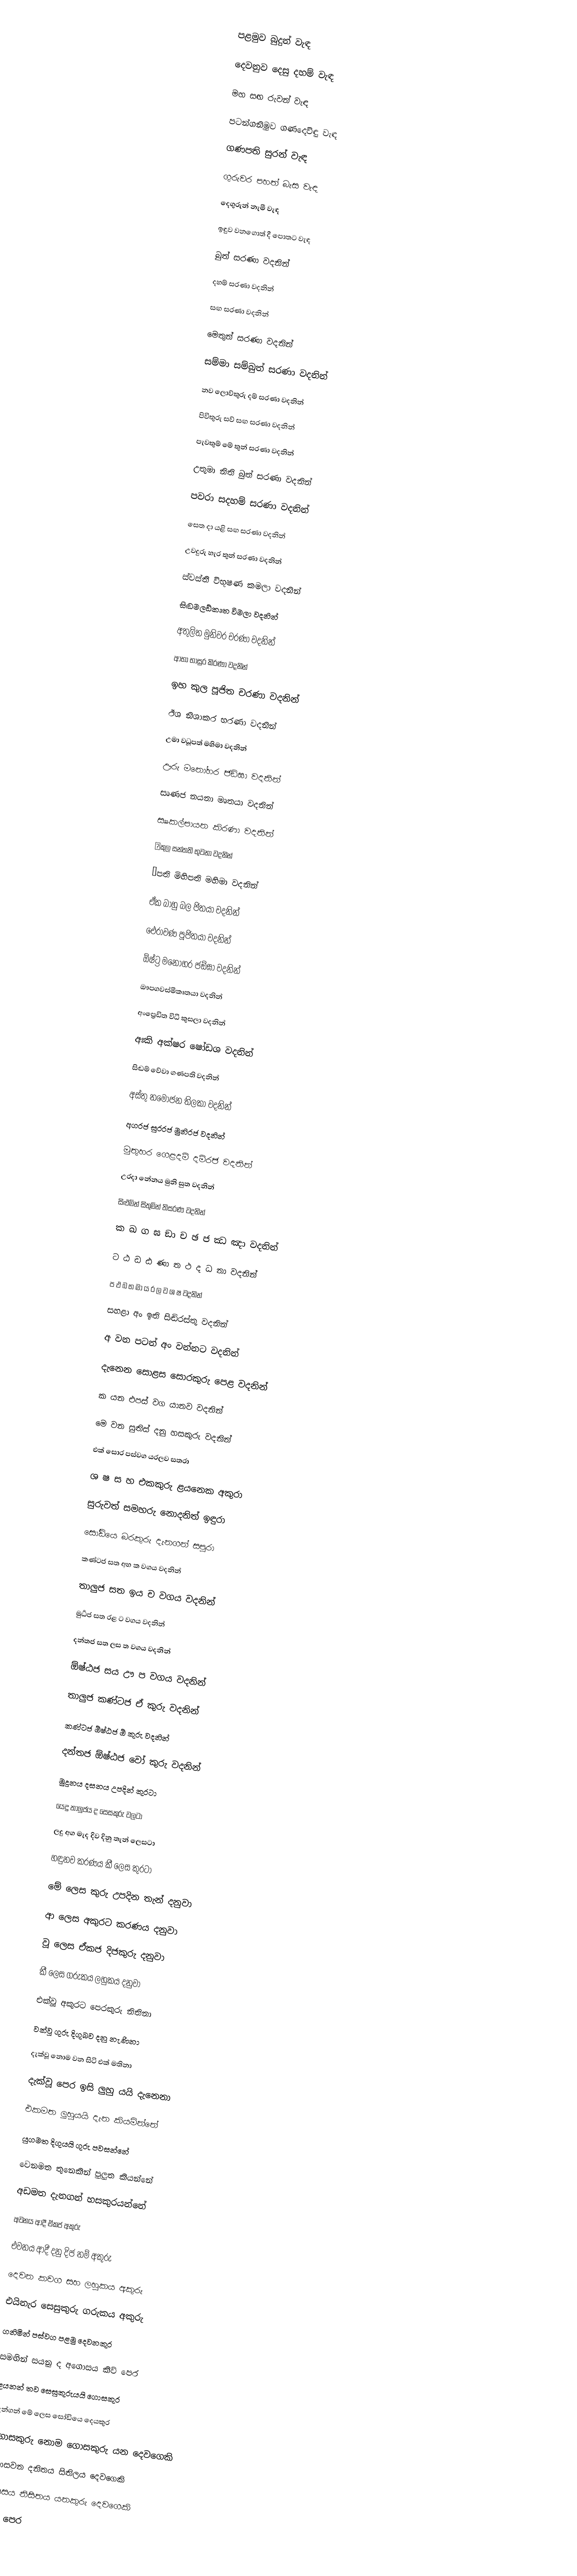
පළමුව බුදුන් වැඳ

දෙවනුව දෙසු දහම් වැඳ

මහ සඟ රුවන් වැඳ

පටන්ගනිමුව ගණදෙවිඳු වැඳ

ගණපති සුරන් වැඳ

ගුරුවර පහත් බැස වැඳ

දෙගුරුන් නැමී වැඳ

ඉඳුව වනගොත් දී පොතට වැඳ

බුත් සරණා වදනින්

දහම් සරණා වදනින්

සඟ සරණා වදනින්

මෙතුන් සරණා වදනින්

සම්මා සම්බුත් සරණා වදනින්

නව ලොව්තුරු දම් සරණා වදනින්

පිවිතුරු සව් සඟ සරණා වදනින්

පැවතුම් මේ තුන් සරණා වදනින්

උතුමා නිති බුත් සරණා වදනින්

ප‍වරා සදහම් සරණා වදනින්

සෙත දා යළි සඟ සරණා වදනින්

උවදුරු හැර තුන් සරණා වදනින්

ස්වස්ති විභූෂණ කමලා වදනින්

සිඬමලඞ්කෘත විමලා වදනින්

අතුලිත මුනිවර චරණා වදනින්

ආභා භාසුර කිරණා වදනින්

ඉහ කුල පූජිත චරණා වදනින්

ඊශ නිශාකර භරණා වදනින්

උමා වධූපත් මහිමා වදනින්

ඌරු මනෝහර ජඞ්ඝා වදනින්

සෘණජ නයනා මෘතයා වදනින්

සෲකල්පායන කිරණා වදනින්

ඏකුල සන්තති භුවනා වදනින්

ඐපති මිහිපති මහිමා වදනින්

ඒක බාහු බල ජිතයා වදනින්

ඓරාවණ පූජිතයා වදනින්

ඕෂ්ට්‍ර මනෝහර ජඞ්ඝා වදනින්

ඖපගවස්මීකෘතයා වදනින්

අංප්‍රෙඩිත විධි කුසලා වදනින්

අඃකි අක්ෂර ෂෝඩශ වදනින්

සිඬම් වේවා ගණපති වදනින්

අස්තු නමෝජන තිලකා වදනින්

අගරජ සුරරජ මුනිරජ වදනින්

මුතුහර ගෙළදම් දම්රජ වදනින්

උරදා නේනය මුනි සුත වදනින්

සිළුමින් සිතුමින් තිසරණ වදනින්

ක ඛ ග ඝ ඞා ච ඡ ජ ඣ ඤා වදනින්

ට ඨ ඩ ඪ ණා ත ථ ද ධ නා වදනින්

ප ඵ බ භ මා ය ර ල ව ශ ෂ වදනින්

සහළා අං ඉති සිඬිරස්තු වදනින්

අ වන පටන් අං වන්නට වදනින්

දැනෙන සොළස සොරකුරු පෙළ වදනින්

ක යන එපස් වග යානව වදනින්

මෙ වන සුතිස් දනු හසකුරු වදනින්

එක් සොර පස්වග යරලව සතරා

ශ ෂ ස හ එකකුරු ළයනෙක අකුරා

සුරුවත් සමහරු නොදනිත් ඉඳුරා

සෝඩියෙ බරකුරු දැනගන් සපුරා

කණ්ටජ සත අහ ක වගය වදනින්

තාලුජ සත ඉය ච වගය ‍වදනින්

මුර්‍ධජ සත රළ ට වගය වදනින්

දන්තජ සත ලස ත වගය වදනින්

ඕෂ්ඨජ සය ඌ ප වගය වදනින්

තාලුජ කණ්ටජ ඒ කුරු වදනින්

කණ්ටජ ඕෂ්ඨජ ඕ කුරු වදනින්

දන්තජ ඕෂ්ඨජ වෝ කුරු වදනින්

මුදුනය දසනය උපදින් කුරටා

යෙදු තාලුජය ද සෙසකුරු වලටා

ලදු අග මැද දිව දිනු තැන් ලෙසටා

හඳුනව කරණය කී ලෙස කුරටා

මේ ලෙස කුරු උපදින තැන් දනුවා

ආ ලෙස අකුරට කරණය දනුවා

වූ ලෙස ඒකජ දිජකුරු දනුවා

කී ලෙස ගරුකය ලහුකය දනුවා

එක්වූ අකුරට පෙරකුරු නිතිනා

වක්වූ ගුරු දිගුබව දනු නැණිනා

දැක්වූ නොම වන සිටි එක් මතිනා

දැක්වූ පෙර ඉසි ලුහු යයි දැනෙනා

එකමත ලුහුයයි දැන කියමින්නේ

යුගමත දිගුයයි ගුරු පවසන්නේ

වෙනමත තුනෙකින් පුලුත කියන්නේ

අඩමත දැනගන් හසකුරයන්නේ

අවනය ආදී ඒකජ අකුරු

එවනය ආදී දනු දිජ නම් අකුරු

දෙවන කවග සහ ලහුකය අකුරු

එයිනැර සෙසුකුරු ගරුකය අකුරු

ගනිමින් පස්වග පළමු දෙවනකුර

සමඟින් සයනු ද අගොසය කිව් පෙර

ළයනන් තව සෙසුකුරුයයි ගොසකුර

දැන්ගන් මේ ලෙස සෝඩියෙ දෙයකුර

ගොසකුරු නොම ගොසකුරු යන දෙවගෙකි

තොසවන දනිතය සිතිලය දෙවගෙකි

නිසසය නිසිතය යනකුරු දෙවගෙකි

බස පෙර